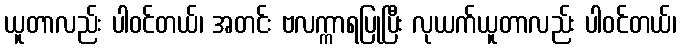
ယူတာလည်း ပါဝင်တယ်၊ အတင်း ဗလက္ကာရပြုပြီး လုယက်ယူတာလည်း ပါဝင်တယ်၊